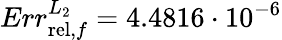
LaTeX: Err_{\mathrm{rel},f}^{L_{2}}=4.4816\cdot 10^{-6}